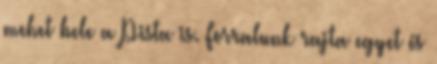
mehet bele a Pista is. Forralunk rajta egyet és